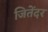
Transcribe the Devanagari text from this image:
जितेंदर